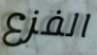
الفزع